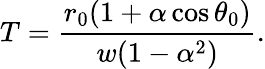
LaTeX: T=\frac{r_{0}(1+\alpha\cos\theta_{0})}{w(1-\alpha^{2})}.